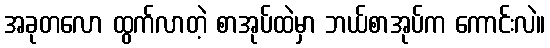
အခုတလော ထွက်လာတဲ့ စာအုပ်ထဲမှာ ဘယ်စာအုပ်က ကောင်းလဲ။